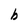
Character: b